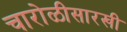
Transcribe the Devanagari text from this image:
चारोळीसारखी